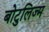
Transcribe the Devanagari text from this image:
बोटुलिज्म